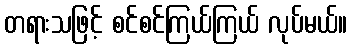
တရားသဖြင့် စင်စင်ကြယ်ကြယ် လုပ်မယ်။